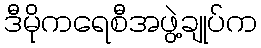
ဒီမိုကရေစီအဖွဲ့ချုပ်က